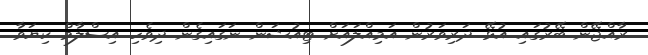
ރާއްޖޭން ބޭރުގައި އުޅޭ ދަރިވަރުން އަމިއްލައަށް ޓިއުޝަން ނަގައިގެން ދިވެހި އިސްލާމް ކިޔަވާ